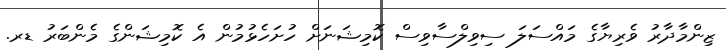
ޒިންމާދާރު ވެރިޔާގެ މައްސަލަ ސިވިލްސާވިސް ކޮމިޝަނަށް ހުށަހެޅުމުން އެ ކޮމިޝަންގެ މެންބަރު ޑރ.